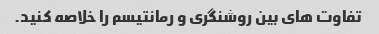
تفاوت های بین روشنگری و رمانتیسم را خلاصه کنید.